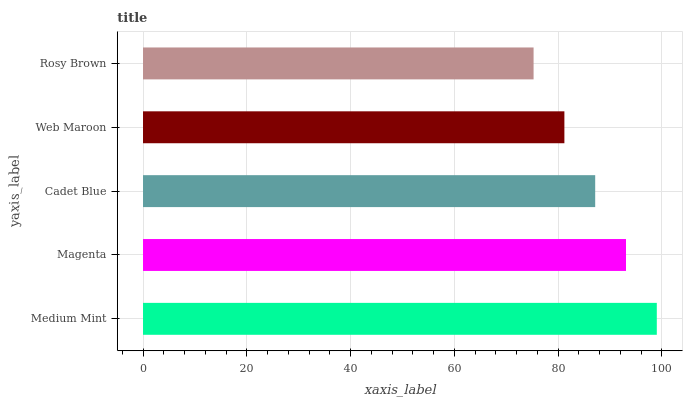
| yaxis_label | bars |
 | --- | --- |
 | Medium Mint | 99 |
 | Magenta | 93.1 |
 | Cadet Blue | 87.1 |
 | Web Maroon | 81.2 |
 | Rosy Brown | 75.3 |